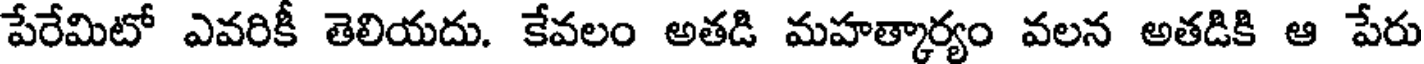
పేరేమిటో ఎవరికీ తెలియదు. కేవలం అతడి మహత్కార్యం వలన అతడికి ఆ పేరు